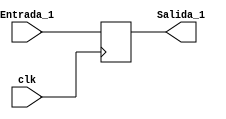
module PC(
// Entradas
input clk,
input [8:0]Entrada_1,
// Salidas
output reg[8:0]Salida_1

);

always @(posedge clk) 
	begin 
	
	Salida_1=Entrada_1;
	
	end 
	
initial
	begin 
	
	Salida_1=9'b0;
	
	end
	
endmodule